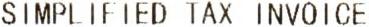
SIMPLIFIED TAX INVOICE